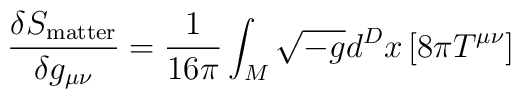
\frac{\delta S_{\rm matter}}{\delta g_{\mu\nu}} =  \frac{1}{16\pi} \int_M \sqrt{-g} d^Dx \left[ 8\pi T^{\mu\nu} \right]